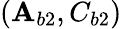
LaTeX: (\mathbf{A}_{b2},C_{b2})